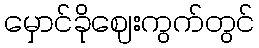
မှောင်ခိုဈေးကွက်တွင်